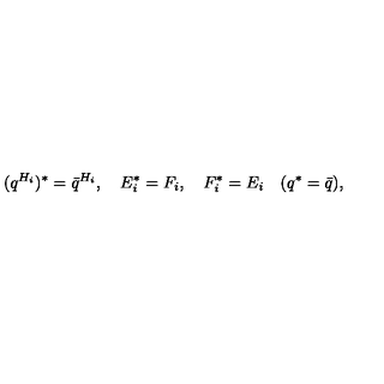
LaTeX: ( q ^ { H _ { i } } ) ^ { * } = { \bar { q } } ^ { H _ { i } } , \quad E _ { i } ^ { * } = F _ { i } , \quad F _ { i } ^ { * } = E _ { i } \quad ( q ^ { * } = \bar { q } ) ,